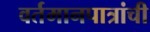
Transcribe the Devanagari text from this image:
वर्तमानपात्रांची